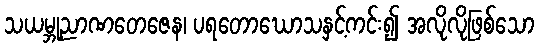
သယမ္ဘုညာဏတေဇေန၊ ပရတောဃောသနှင့်ကင်း၍ အလိုလိုဖြစ်သော